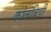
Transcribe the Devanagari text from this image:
कोलंबिडी